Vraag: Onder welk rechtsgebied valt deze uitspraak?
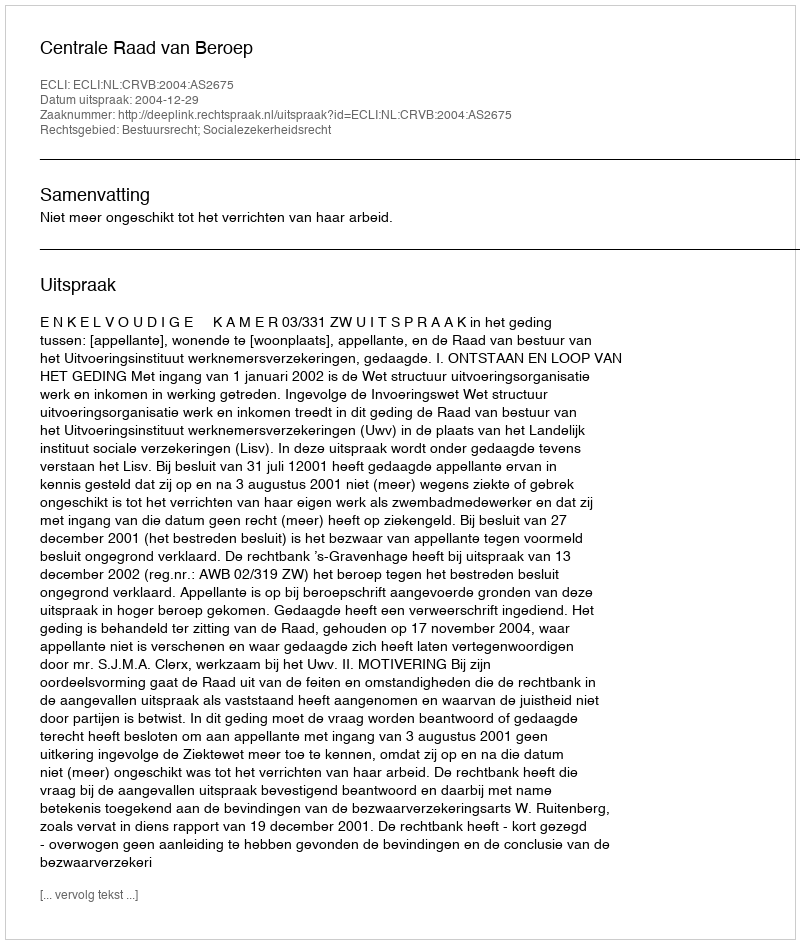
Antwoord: Bestuursrecht; Socialezekerheidsrecht